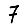
Digit: 7